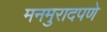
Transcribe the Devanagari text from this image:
मनमुरादपणे